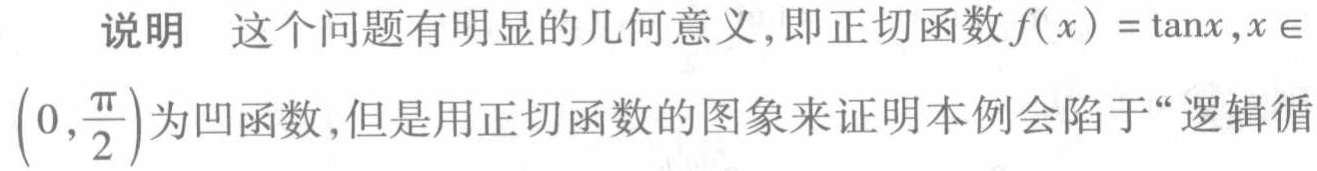
说明 这个问题有明显的几何意义,即正切函数\(f(x)=\tan x,x\in\left(0,\frac{\pi}{2}\right)\)为凹函数,但是用正切函数的图象来证明本例会陷于“逻辑循